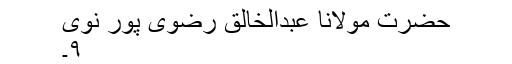
حضرت مولانا عبدالخالق رضوی پور نوی
۹۔